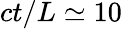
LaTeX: ct/L\simeq 10